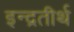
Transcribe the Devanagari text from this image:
इन्द्रतीर्थ